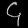
Digit: ၄